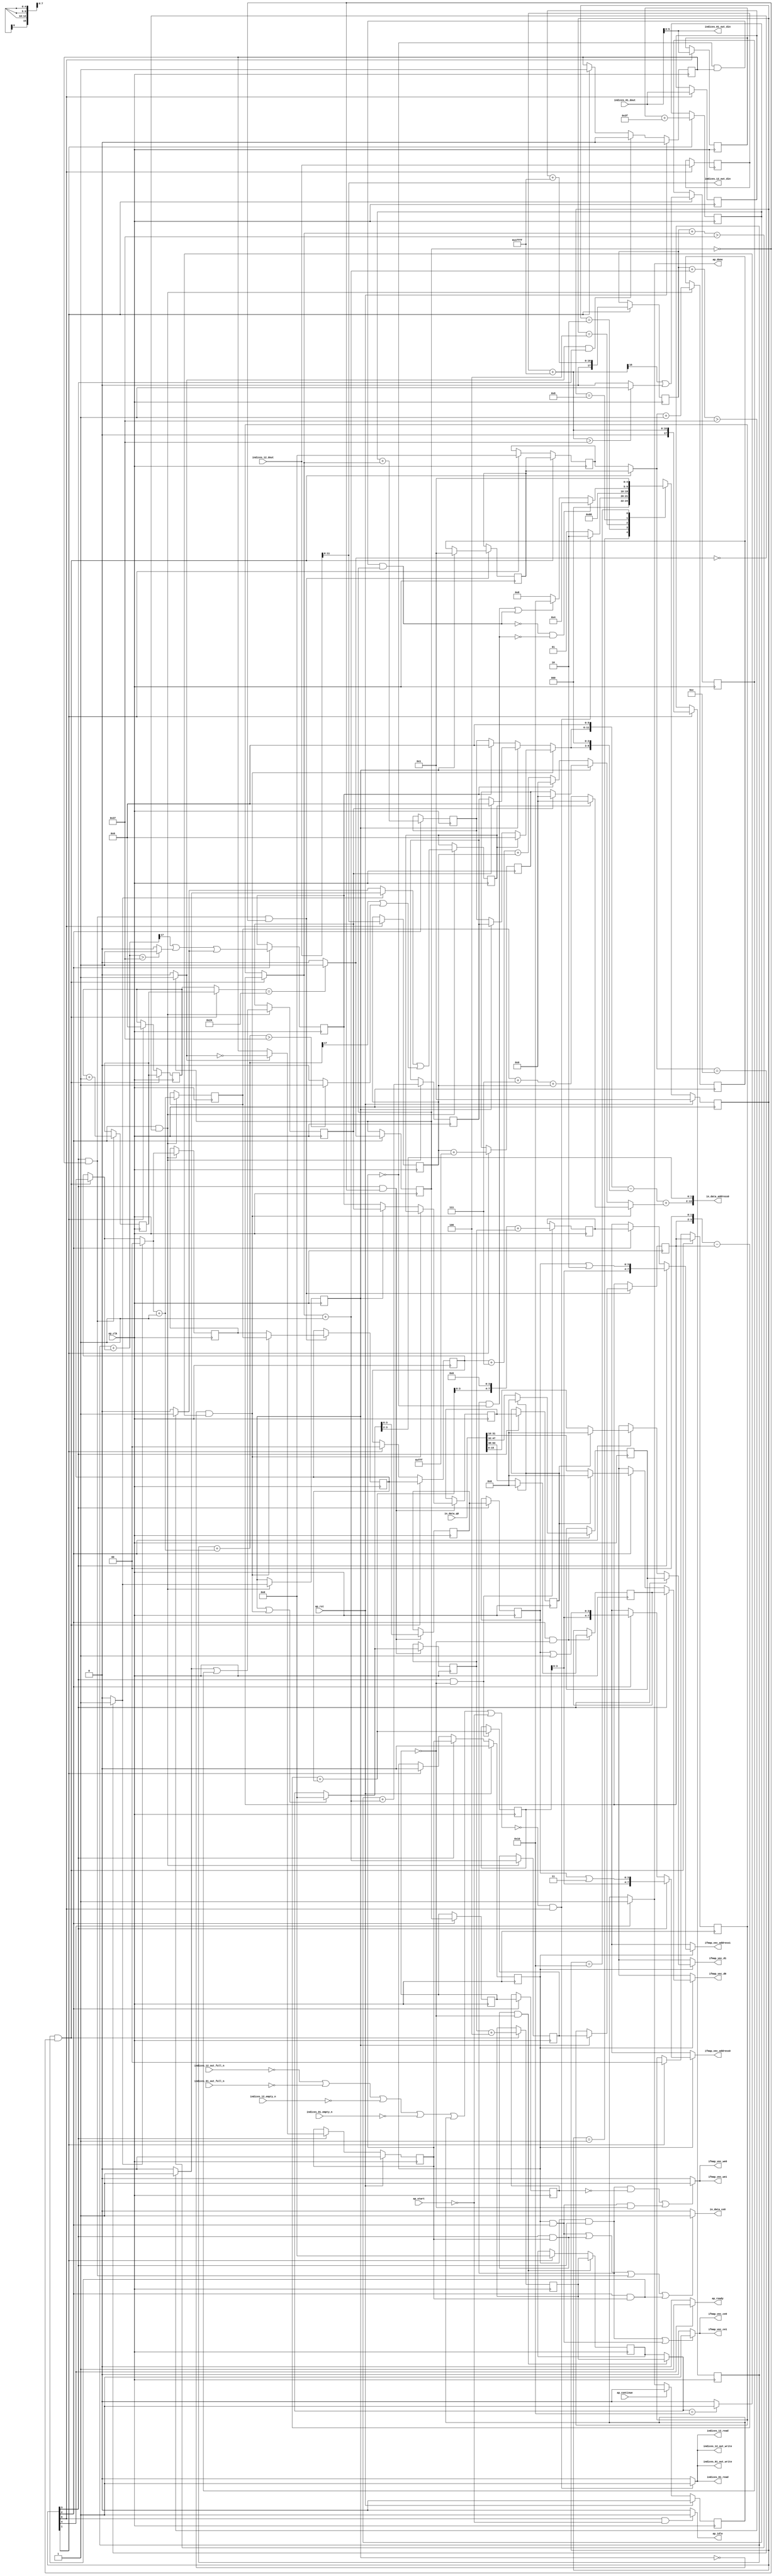
`define EXPONENT 5
`define MANTISSA 10
`define ACTUAL_MANTISSA 11
`define EXPONENT_LSB 10
`define EXPONENT_MSB 14
`define MANTISSA_LSB 0
`define MANTISSA_MSB 9
`define MANTISSA_MUL_SPLIT_LSB 3
`define MANTISSA_MUL_SPLIT_MSB 9
`define SIGN 1
`define SIGN_LOC 15
`define DWIDTH (`SIGN+`EXPONENT+`MANTISSA)
`define IEEE_COMPLIANCE 1

module td_fused_top_tdf4_readInputs37 (
        ap_clk,
        ap_rst,
        ap_start,
        ap_done,
        ap_continue,
        ap_idle,
        ap_ready,
        in_data_address0,
        in_data_ce0,
        in_data_q0,
        indices_01_dout,
        indices_01_empty_n,
        indices_01_read,
        indices_12_dout,
        indices_12_empty_n,
        indices_12_read,
        ifmap_vec_address0,
        ifmap_vec_ce0,
        ifmap_vec_we0,
        ifmap_vec_d0,
        ifmap_vec_address1,
        ifmap_vec_ce1,
        ifmap_vec_we1,
        ifmap_vec_d1,
        indices_01_out_din,
        indices_01_out_full_n,
        indices_01_out_write,
        indices_12_out_din,
        indices_12_out_full_n,
        indices_12_out_write
);

parameter    ap_ST_fsm_state1 = 5'd1;
parameter    ap_ST_fsm_state2 = 5'd2;
parameter    ap_ST_fsm_pp0_stage0 = 5'd4;
parameter    ap_ST_fsm_pp0_stage1 = 5'd8;
parameter    ap_ST_fsm_state9 = 5'd16;

input   ap_clk;
input   ap_rst;
input   ap_start;
output   ap_done;
input   ap_continue;
output   ap_idle;
output   ap_ready;
output  [13:0] in_data_address0;
output   in_data_ce0;
input  [63:0] in_data_q0;
input  [15:0] indices_01_dout;
input   indices_01_empty_n;
output   indices_01_read;
input  [15:0] indices_12_dout;
input   indices_12_empty_n;
output   indices_12_read;
output  [7:0] ifmap_vec_address0;
output   ifmap_vec_ce0;
output   ifmap_vec_we0;
output  [15:0] ifmap_vec_d0;
output  [7:0] ifmap_vec_address1;
output   ifmap_vec_ce1;
output   ifmap_vec_we1;
output  [15:0] ifmap_vec_d1;
output  [5:0] indices_01_out_din;
input   indices_01_out_full_n;
output   indices_01_out_write;
output  [11:0] indices_12_out_din;
input   indices_12_out_full_n;
output   indices_12_out_write;

reg ap_done;
reg ap_idle;
reg ap_ready;
reg in_data_ce0;
reg indices_01_read;
reg indices_12_read;
reg[7:0] ifmap_vec_address0;
reg ifmap_vec_ce0;
reg ifmap_vec_we0;
reg[15:0] ifmap_vec_d0;
reg[7:0] ifmap_vec_address1;
reg ifmap_vec_ce1;
reg ifmap_vec_we1;
reg[15:0] ifmap_vec_d1;
reg indices_01_out_write;
reg indices_12_out_write;

reg    ap_done_reg;
  reg   [4:0] ap_CS_fsm;
wire    ap_CS_fsm_state1;
reg    indices_01_blk_n;
reg    indices_12_blk_n;
reg    indices_01_out_blk_n;
reg    indices_12_out_blk_n;
reg   [5:0] indvar_flatten47_reg_224;
reg   [1:0] ii_reg_236;
reg   [4:0] indvar_flatten_reg_248;
reg   [1:0] jj_reg_259;
reg   [4:0] kk_0_i_i_reg_271;
reg   [15:0] indices_01_read_reg_959;
wire   [5:0] trunc_ln250_fu_282_p1;
reg   [5:0] trunc_ln250_reg_964;
reg   [15:0] indices_12_read_reg_969;
wire   [11:0] empty_fu_287_p1;
reg   [11:0] empty_reg_974;
wire   [17:0] p_cast_i_i_fu_304_p1;
reg   [17:0] p_cast_i_i_reg_981;
wire    ap_CS_fsm_state2;
wire   [17:0] sext_ln22_fu_314_p1;
reg   [17:0] sext_ln22_reg_987;
wire   [5:0] p_cast_fu_318_p2;
reg   [5:0] p_cast_reg_993;
wire   [0:0] or_ln23_16_fu_337_p2;
reg   [0:0] or_ln23_16_reg_999;
wire   [11:0] p_mid137_fu_343_p2;
reg   [11:0] p_mid137_reg_1004;
wire   [5:0] p_cast5_i_i_fu_361_p2;
reg   [5:0] p_cast5_i_i_reg_1009;
wire    ap_CS_fsm_pp0_stage0;
wire    ap_block_state3_pp0_stage0_iter0;
wire    ap_block_state5_pp0_stage0_iter1;
wire    ap_block_state7_pp0_stage0_iter2;
wire    ap_block_pp0_stage0_11001;
wire   [0:0] is_padding_fu_401_p2;
reg   [0:0] is_padding_reg_1015;
wire   [0:0] icmp_ln19_fu_407_p2;
reg   [0:0] icmp_ln19_reg_1022;
reg   [0:0] icmp_ln19_reg_1022_pp0_iter1_reg;
reg   [0:0] icmp_ln19_reg_1022_pp0_iter2_reg;
wire   [1:0] add_ln19_fu_413_p2;
reg   [1:0] add_ln19_reg_1026;
wire   [0:0] icmp_ln20_fu_419_p2;
reg   [0:0] icmp_ln20_reg_1031;
wire   [1:0] select_ln19_fu_425_p3;
reg   [1:0] select_ln19_reg_1043;
wire   [5:0] p_cast5_i_i_mid1_fu_446_p2;
reg   [5:0] p_cast5_i_i_mid1_reg_1048;
wire   [0:0] or_ln23_18_fu_465_p2;
reg   [0:0] or_ln23_18_reg_1054;
wire   [1:0] add_ln20_fu_470_p2;
reg   [1:0] add_ln20_reg_1061;
wire   [0:0] or_ln23_20_fu_505_p2;
reg   [0:0] or_ln23_20_reg_1067;
wire   [4:0] add_ln20_4_fu_511_p2;
reg   [4:0] add_ln20_4_reg_1074;
wire   [5:0] add_ln19_4_fu_517_p2;
reg   [5:0] add_ln19_4_reg_1079;
wire    ap_CS_fsm_pp0_stage1;
reg    ap_enable_reg_pp0_iter0;
wire    ap_block_state4_pp0_stage1_iter0;
wire    ap_block_state6_pp0_stage1_iter1;
wire    ap_block_state8_pp0_stage1_iter2;
wire    ap_block_pp0_stage1_11001;
wire   [1:0] select_ln19_19_fu_555_p3;
reg   [1:0] select_ln19_19_reg_1084;
wire   [4:0] select_ln20_fu_619_p3;
reg   [4:0] select_ln20_reg_1091;
wire   [1:0] select_ln20_16_fu_627_p3;
reg   [1:0] select_ln20_16_reg_1097;
wire   [0:0] select_ln20_17_fu_636_p3;
reg   [0:0] select_ln20_17_reg_1103;
reg   [0:0] select_ln20_17_reg_1103_pp0_iter1_reg;
wire   [3:0] empty_97_fu_732_p1;
reg   [3:0] empty_97_reg_1111;
reg   [3:0] empty_97_reg_1111_pp0_iter1_reg;
wire   [4:0] select_ln20_20_fu_759_p3;
reg   [4:0] select_ln20_20_reg_1123;
wire   [4:0] add_ln25_fu_765_p2;
reg   [4:0] add_ln25_reg_1128;
reg    ap_enable_reg_pp0_iter1;
wire   [5:0] add_ln33_fu_797_p2;
reg   [5:0] add_ln33_reg_1133;
wire   [7:0] add_ln33_4_fu_818_p2;
reg   [7:0] add_ln33_4_reg_1140;
wire   [15:0] select_ln33_17_fu_897_p3;
reg   [15:0] select_ln33_17_reg_1145;
wire   [15:0] select_ln33_18_fu_918_p3;
reg   [15:0] select_ln33_18_reg_1150;
wire    ap_block_pp0_stage1_subdone;
reg    ap_condition_pp0_exit_iter0_state4;
reg    ap_enable_reg_pp0_iter2;
reg   [5:0] ap_phi_mux_indvar_flatten47_phi_fu_228_p4;
wire    ap_block_pp0_stage0;
reg   [1:0] ap_phi_mux_ii_phi_fu_240_p4;
reg   [4:0] ap_phi_mux_indvar_flatten_phi_fu_252_p4;
reg   [1:0] ap_phi_mux_jj_phi_fu_263_p4;
reg   [4:0] ap_phi_mux_kk_0_i_i_phi_fu_275_p4;
wire    ap_block_pp0_stage1;
wire   [63:0] sext_ln32_fu_754_p1;
wire   [63:0] zext_ln33_17_fu_824_p1;
wire   [63:0] sext_ln33_fu_856_p1;
wire   [63:0] sext_ln33_7_fu_937_p1;
wire   [63:0] sext_ln33_8_fu_954_p1;
reg    ap_block_state1;
wire   [15:0] select_ln33_fu_836_p3;
wire   [15:0] select_ln33_16_fu_875_p3;
wire   [16:0] zext_ln19_fu_295_p1;
wire   [16:0] empty_92_fu_298_p2;
wire   [16:0] j_cast_i_i_fu_292_p1;
wire   [16:0] add_ln22_fu_308_p2;
wire   [0:0] tmp_26_fu_323_p3;
wire   [0:0] icmp_ln24_fu_331_p2;
wire   [17:0] ii_cast_i_i_fu_348_p1;
wire   [5:0] ii_cast_fu_352_p1;
wire   [17:0] empty_93_fu_356_p2;
wire   [17:0] zext_ln20_fu_372_p1;
wire   [17:0] add_ln22_4_fu_376_p2;
wire   [0:0] tmp_27_fu_381_p3;
wire   [0:0] icmp_ln24_4_fu_389_p2;
wire   [0:0] or_ln23_fu_395_p2;
wire   [0:0] empty_94_fu_366_p2;
wire   [17:0] ii_cast_i_i_mid1_fu_433_p1;
wire   [5:0] ii_cast_mid1_fu_437_p1;
wire   [17:0] p_mid111_fu_441_p2;
wire   [0:0] p_mid113_fu_451_p2;
wire   [17:0] zext_ln20_4_fu_476_p1;
wire   [17:0] add_ln22_5_fu_480_p2;
wire   [0:0] tmp_28_fu_485_p3;
wire   [0:0] icmp_ln24_5_fu_493_p2;
wire   [0:0] or_ln23_19_fu_499_p2;
wire   [0:0] select_ln19_21_fu_457_p3;
wire   [2:0] zext_ln22_fu_523_p1;
wire   [2:0] tmp1_fu_533_p2;
wire   [11:0] tmp1_cast_fu_539_p1;
wire   [11:0] empty_95_fu_543_p2;
wire   [5:0] row_coord_int_mid131_fu_571_p3;
wire   [5:0] row_coord_int_fu_527_p3;
wire   [11:0] col_coord_int_mid139_fu_577_p3;
wire   [11:0] col_coord_int_fu_548_p3;
wire   [0:0] icmp_ln25_fu_602_p2;
wire   [0:0] xor_ln19_fu_597_p2;
wire   [0:0] and_ln19_fu_608_p2;
wire   [0:0] or_ln20_fu_614_p2;
wire   [0:0] select_ln19_22_fu_566_p3;
wire   [5:0] select_ln19_20_fu_561_p3;
wire   [2:0] zext_ln22_4_fu_633_p1;
wire   [2:0] tmp1_mid1_fu_650_p2;
wire   [11:0] tmp1_cast_mid1_fu_656_p1;
wire   [11:0] p_mid1_fu_660_p2;
wire   [5:0] row_coord_int_mid1_fu_643_p3;
wire   [5:0] select_ln19_23_fu_583_p3;
wire   [5:0] select_ln20_18_fu_672_p3;
wire   [11:0] tmp_s_fu_680_p3;
wire   [8:0] tmp_6_fu_692_p3;
wire   [12:0] zext_ln32_fu_688_p1;
wire   [12:0] zext_ln32_18_fu_700_p1;
wire   [12:0] sub_ln32_fu_704_p2;
wire   [11:0] col_coord_int_mid1_fu_665_p3;
wire   [11:0] select_ln19_24_fu_590_p3;
wire   [11:0] select_ln20_19_fu_714_p3;
wire   [13:0] sext_ln20_fu_710_p1;
wire   [13:0] zext_ln32_19_fu_722_p1;
wire   [13:0] add_ln32_fu_726_p2;
wire   [1:0] lshr_ln_fu_736_p4;
wire   [15:0] tmp_29_fu_746_p3;
wire   [3:0] tmp_fu_773_p3;
wire   [4:0] zext_ln33_14_fu_780_p1;
wire   [4:0] zext_ln33_fu_770_p1;
wire   [4:0] sub_ln33_fu_784_p2;
wire   [5:0] sub_ln33_cast_fu_790_p1;
wire   [5:0] zext_ln33_15_fu_794_p1;
wire   [3:0] trunc_ln33_fu_803_p1;
wire   [7:0] tmp_80_cast_fu_807_p3;
wire   [7:0] zext_ln33_16_fu_815_p1;
wire   [15:0] trunc_ln32_fu_828_p1;
wire   [15:0] bitcast_ln32_fu_832_p1;
wire   [3:0] or_ln25_fu_844_p2;
wire   [9:0] tmp_30_fu_849_p3;
wire   [15:0] tmp_44_i_i_fu_861_p4;
wire   [15:0] bitcast_ln32_16_fu_871_p1;
wire   [15:0] tmp_45_i_i_fu_883_p4;
wire   [15:0] bitcast_ln32_17_fu_893_p1;
wire   [15:0] tmp_46_i_i_fu_904_p4;
wire   [15:0] bitcast_ln32_18_fu_914_p1;
wire   [3:0] or_ln25_11_fu_925_p2;
wire   [9:0] tmp_31_fu_930_p3;
wire   [3:0] or_ln25_12_fu_942_p2;
wire   [9:0] tmp_32_fu_947_p3;
wire    ap_CS_fsm_state9;
reg   [4:0] ap_NS_fsm;
wire    ap_block_pp0_stage0_subdone;
reg    ap_idle_pp0;
wire    ap_enable_pp0;
wire    ap_ce_reg;

// power-on initialization
initial begin
#0 ap_done_reg = 1'b0;
#0 ap_CS_fsm = 5'd1;
#0 ap_enable_reg_pp0_iter0 = 1'b0;
#0 ap_enable_reg_pp0_iter1 = 1'b0;
#0 ap_enable_reg_pp0_iter2 = 1'b0;
end

always @ (posedge ap_clk) begin
    if (ap_rst == 1'b1) begin
        ap_CS_fsm <= ap_ST_fsm_state1;
    end else begin
        ap_CS_fsm <= ap_NS_fsm;
    end
end

always @ (posedge ap_clk) begin
    if (ap_rst == 1'b1) begin
        ap_done_reg <= 1'b0;
    end else begin
        if ((ap_continue == 1'b1)) begin
            ap_done_reg <= 1'b0;
        end else if ((1'b1 == ap_CS_fsm_state9)) begin
            ap_done_reg <= 1'b1;
        end
    end
end

always @ (posedge ap_clk) begin
    if (ap_rst == 1'b1) begin
        ap_enable_reg_pp0_iter0 <= 1'b0;
    end else begin
        if (((1'b1 == ap_condition_pp0_exit_iter0_state4) & (1'b1 == ap_CS_fsm_pp0_stage1) & (1'b0 == ap_block_pp0_stage1_subdone))) begin
            ap_enable_reg_pp0_iter0 <= 1'b0;
        end else if ((1'b1 == ap_CS_fsm_state2)) begin
            ap_enable_reg_pp0_iter0 <= 1'b1;
        end
    end
end

always @ (posedge ap_clk) begin
    if (ap_rst == 1'b1) begin
        ap_enable_reg_pp0_iter1 <= 1'b0;
    end else begin
        if (((1'b1 == ap_CS_fsm_pp0_stage1) & (1'b0 == ap_block_pp0_stage1_subdone))) begin
            if ((1'b1 == ap_condition_pp0_exit_iter0_state4)) begin
                ap_enable_reg_pp0_iter1 <= (1'b1 ^ ap_condition_pp0_exit_iter0_state4);
            end else if ((1'b1 == 1'b1)) begin
                ap_enable_reg_pp0_iter1 <= ap_enable_reg_pp0_iter0;
            end
        end
    end
end

always @ (posedge ap_clk) begin
    if (ap_rst == 1'b1) begin
        ap_enable_reg_pp0_iter2 <= 1'b0;
    end else begin
        if (((1'b1 == ap_CS_fsm_pp0_stage1) & (1'b0 == ap_block_pp0_stage1_subdone))) begin
            ap_enable_reg_pp0_iter2 <= ap_enable_reg_pp0_iter1;
        end else if ((1'b1 == ap_CS_fsm_state2)) begin
            ap_enable_reg_pp0_iter2 <= 1'b0;
        end
    end
end

always @ (posedge ap_clk) begin
    if (((1'b1 == ap_CS_fsm_pp0_stage0) & (ap_enable_reg_pp0_iter1 == 1'b1) & (icmp_ln19_reg_1022 == 1'd0) & (1'b0 == ap_block_pp0_stage0_11001))) begin
        ii_reg_236 <= select_ln19_19_reg_1084;
    end else if ((1'b1 == ap_CS_fsm_state2)) begin
        ii_reg_236 <= 2'd0;
    end
end

always @ (posedge ap_clk) begin
    if (((1'b1 == ap_CS_fsm_pp0_stage0) & (ap_enable_reg_pp0_iter1 == 1'b1) & (icmp_ln19_reg_1022 == 1'd0) & (1'b0 == ap_block_pp0_stage0_11001))) begin
        indvar_flatten47_reg_224 <= add_ln19_4_reg_1079;
    end else if ((1'b1 == ap_CS_fsm_state2)) begin
        indvar_flatten47_reg_224 <= 6'd0;
    end
end

always @ (posedge ap_clk) begin
    if (((1'b1 == ap_CS_fsm_pp0_stage0) & (ap_enable_reg_pp0_iter1 == 1'b1) & (icmp_ln19_reg_1022 == 1'd0) & (1'b0 == ap_block_pp0_stage0_11001))) begin
        indvar_flatten_reg_248 <= select_ln20_20_reg_1123;
    end else if ((1'b1 == ap_CS_fsm_state2)) begin
        indvar_flatten_reg_248 <= 5'd0;
    end
end

always @ (posedge ap_clk) begin
    if (((1'b1 == ap_CS_fsm_pp0_stage0) & (ap_enable_reg_pp0_iter1 == 1'b1) & (icmp_ln19_reg_1022 == 1'd0) & (1'b0 == ap_block_pp0_stage0_11001))) begin
        jj_reg_259 <= select_ln20_16_reg_1097;
    end else if ((1'b1 == ap_CS_fsm_state2)) begin
        jj_reg_259 <= 2'd0;
    end
end

always @ (posedge ap_clk) begin
    if (((1'b1 == ap_CS_fsm_pp0_stage1) & (ap_enable_reg_pp0_iter1 == 1'b1) & (icmp_ln19_reg_1022_pp0_iter1_reg == 1'd0) & (1'b0 == ap_block_pp0_stage1_11001))) begin
        kk_0_i_i_reg_271 <= add_ln25_reg_1128;
    end else if ((1'b1 == ap_CS_fsm_state2)) begin
        kk_0_i_i_reg_271 <= 5'd0;
    end
end

always @ (posedge ap_clk) begin
    if (((1'b1 == ap_CS_fsm_pp0_stage1) & (ap_enable_reg_pp0_iter0 == 1'b1) & (1'b0 == ap_block_pp0_stage1_11001))) begin
        add_ln19_4_reg_1079 <= add_ln19_4_fu_517_p2;
    end
end

always @ (posedge ap_clk) begin
    if (((1'b1 == ap_CS_fsm_pp0_stage0) & (icmp_ln19_fu_407_p2 == 1'd0) & (1'b0 == ap_block_pp0_stage0_11001))) begin
        add_ln19_reg_1026 <= add_ln19_fu_413_p2;
        add_ln20_4_reg_1074 <= add_ln20_4_fu_511_p2;
        add_ln20_reg_1061 <= add_ln20_fu_470_p2;
        icmp_ln20_reg_1031 <= icmp_ln20_fu_419_p2;
        or_ln23_18_reg_1054 <= or_ln23_18_fu_465_p2;
        or_ln23_20_reg_1067 <= or_ln23_20_fu_505_p2;
        p_cast5_i_i_mid1_reg_1048 <= p_cast5_i_i_mid1_fu_446_p2;
        select_ln19_reg_1043 <= select_ln19_fu_425_p3;
    end
end

always @ (posedge ap_clk) begin
    if (((1'b1 == ap_CS_fsm_pp0_stage0) & (ap_enable_reg_pp0_iter1 == 1'b1) & (icmp_ln19_reg_1022 == 1'd0) & (1'b0 == ap_block_pp0_stage0_11001))) begin
        add_ln25_reg_1128 <= add_ln25_fu_765_p2;
    end
end

always @ (posedge ap_clk) begin
    if (((1'b1 == ap_CS_fsm_pp0_stage1) & (icmp_ln19_reg_1022_pp0_iter1_reg == 1'd0) & (1'b0 == ap_block_pp0_stage1_11001))) begin
        add_ln33_4_reg_1140 <= add_ln33_4_fu_818_p2;
        add_ln33_reg_1133 <= add_ln33_fu_797_p2;
    end
end

always @ (posedge ap_clk) begin
    if (((1'b1 == ap_CS_fsm_pp0_stage1) & (icmp_ln19_reg_1022 == 1'd0) & (1'b0 == ap_block_pp0_stage1_11001))) begin
        empty_97_reg_1111 <= empty_97_fu_732_p1;
        select_ln20_17_reg_1103 <= select_ln20_17_fu_636_p3;
        select_ln20_reg_1091 <= select_ln20_fu_619_p3;
    end
end

always @ (posedge ap_clk) begin
    if (((1'b1 == ap_CS_fsm_pp0_stage1) & (1'b0 == ap_block_pp0_stage1_11001))) begin
        empty_97_reg_1111_pp0_iter1_reg <= empty_97_reg_1111;
        select_ln20_17_reg_1103_pp0_iter1_reg <= select_ln20_17_reg_1103;
    end
end

always @ (posedge ap_clk) begin
    if ((1'b1 == ap_CS_fsm_state1)) begin
        empty_reg_974 <= empty_fu_287_p1;
        indices_01_read_reg_959 <= indices_01_dout;
        indices_12_read_reg_969 <= indices_12_dout;
        trunc_ln250_reg_964 <= trunc_ln250_fu_282_p1;
    end
end

always @ (posedge ap_clk) begin
    if (((1'b1 == ap_CS_fsm_pp0_stage0) & (1'b0 == ap_block_pp0_stage0_11001))) begin
        icmp_ln19_reg_1022 <= icmp_ln19_fu_407_p2;
        icmp_ln19_reg_1022_pp0_iter1_reg <= icmp_ln19_reg_1022;
        icmp_ln19_reg_1022_pp0_iter2_reg <= icmp_ln19_reg_1022_pp0_iter1_reg;
        is_padding_reg_1015 <= is_padding_fu_401_p2;
        p_cast5_i_i_reg_1009 <= p_cast5_i_i_fu_361_p2;
    end
end

always @ (posedge ap_clk) begin
    if ((1'b1 == ap_CS_fsm_state2)) begin
        or_ln23_16_reg_999 <= or_ln23_16_fu_337_p2;
        p_cast_i_i_reg_981 <= p_cast_i_i_fu_304_p1;
        p_cast_reg_993 <= p_cast_fu_318_p2;
        p_mid137_reg_1004 <= p_mid137_fu_343_p2;
        sext_ln22_reg_987 <= sext_ln22_fu_314_p1;
    end
end

always @ (posedge ap_clk) begin
    if (((1'b1 == ap_CS_fsm_pp0_stage1) & (ap_enable_reg_pp0_iter0 == 1'b1) & (icmp_ln19_reg_1022 == 1'd0) & (1'b0 == ap_block_pp0_stage1_11001))) begin
        select_ln19_19_reg_1084 <= select_ln19_19_fu_555_p3;
        select_ln20_16_reg_1097 <= select_ln20_16_fu_627_p3;
        select_ln20_20_reg_1123 <= select_ln20_20_fu_759_p3;
    end
end

always @ (posedge ap_clk) begin
    if (((1'b1 == ap_CS_fsm_pp0_stage0) & (icmp_ln19_reg_1022_pp0_iter1_reg == 1'd0) & (1'b0 == ap_block_pp0_stage0_11001))) begin
        select_ln33_17_reg_1145 <= select_ln33_17_fu_897_p3;
        select_ln33_18_reg_1150 <= select_ln33_18_fu_918_p3;
    end
end

always @ (*) begin
    if ((icmp_ln19_reg_1022 == 1'd1)) begin
        ap_condition_pp0_exit_iter0_state4 = 1'b1;
    end else begin
        ap_condition_pp0_exit_iter0_state4 = 1'b0;
    end
end

always @ (*) begin
    if ((1'b1 == ap_CS_fsm_state9)) begin
        ap_done = 1'b1;
    end else begin
        ap_done = ap_done_reg;
    end
end

always @ (*) begin
    if (((1'b1 == ap_CS_fsm_state1) & (ap_start == 1'b0))) begin
        ap_idle = 1'b1;
    end else begin
        ap_idle = 1'b0;
    end
end

always @ (*) begin
    if (((ap_enable_reg_pp0_iter2 == 1'b0) & (ap_enable_reg_pp0_iter1 == 1'b0) & (ap_enable_reg_pp0_iter0 == 1'b0))) begin
        ap_idle_pp0 = 1'b1;
    end else begin
        ap_idle_pp0 = 1'b0;
    end
end

always @ (*) begin
    if (((1'b1 == ap_CS_fsm_pp0_stage0) & (ap_enable_reg_pp0_iter1 == 1'b1) & (icmp_ln19_reg_1022 == 1'd0) & (1'b0 == ap_block_pp0_stage0))) begin
        ap_phi_mux_ii_phi_fu_240_p4 = select_ln19_19_reg_1084;
    end else begin
        ap_phi_mux_ii_phi_fu_240_p4 = ii_reg_236;
    end
end

always @ (*) begin
    if (((1'b1 == ap_CS_fsm_pp0_stage0) & (ap_enable_reg_pp0_iter1 == 1'b1) & (icmp_ln19_reg_1022 == 1'd0) & (1'b0 == ap_block_pp0_stage0))) begin
        ap_phi_mux_indvar_flatten47_phi_fu_228_p4 = add_ln19_4_reg_1079;
    end else begin
        ap_phi_mux_indvar_flatten47_phi_fu_228_p4 = indvar_flatten47_reg_224;
    end
end

always @ (*) begin
    if (((1'b1 == ap_CS_fsm_pp0_stage0) & (ap_enable_reg_pp0_iter1 == 1'b1) & (icmp_ln19_reg_1022 == 1'd0) & (1'b0 == ap_block_pp0_stage0))) begin
        ap_phi_mux_indvar_flatten_phi_fu_252_p4 = select_ln20_20_reg_1123;
    end else begin
        ap_phi_mux_indvar_flatten_phi_fu_252_p4 = indvar_flatten_reg_248;
    end
end

always @ (*) begin
    if (((1'b1 == ap_CS_fsm_pp0_stage0) & (ap_enable_reg_pp0_iter1 == 1'b1) & (icmp_ln19_reg_1022 == 1'd0) & (1'b0 == ap_block_pp0_stage0))) begin
        ap_phi_mux_jj_phi_fu_263_p4 = select_ln20_16_reg_1097;
    end else begin
        ap_phi_mux_jj_phi_fu_263_p4 = jj_reg_259;
    end
end

always @ (*) begin
    if (((1'b1 == ap_CS_fsm_pp0_stage1) & (ap_enable_reg_pp0_iter1 == 1'b1) & (icmp_ln19_reg_1022_pp0_iter1_reg == 1'd0) & (1'b0 == ap_block_pp0_stage1))) begin
        ap_phi_mux_kk_0_i_i_phi_fu_275_p4 = add_ln25_reg_1128;
    end else begin
        ap_phi_mux_kk_0_i_i_phi_fu_275_p4 = kk_0_i_i_reg_271;
    end
end

always @ (*) begin
    if ((1'b1 == ap_CS_fsm_state9)) begin
        ap_ready = 1'b1;
    end else begin
        ap_ready = 1'b0;
    end
end

always @ (*) begin
    if ((ap_enable_reg_pp0_iter2 == 1'b1)) begin
        if (((1'b1 == ap_CS_fsm_pp0_stage1) & (1'b0 == ap_block_pp0_stage1))) begin
            ifmap_vec_address0 = sext_ln33_8_fu_954_p1;
        end else if (((1'b1 == ap_CS_fsm_pp0_stage0) & (1'b0 == ap_block_pp0_stage0))) begin
            ifmap_vec_address0 = sext_ln33_fu_856_p1;
        end else begin
            ifmap_vec_address0 = 'bx;
        end
    end else begin
        ifmap_vec_address0 = 'bx;
    end
end

always @ (*) begin
    if ((ap_enable_reg_pp0_iter2 == 1'b1)) begin
        if (((1'b1 == ap_CS_fsm_pp0_stage1) & (1'b0 == ap_block_pp0_stage1))) begin
            ifmap_vec_address1 = sext_ln33_7_fu_937_p1;
        end else if (((1'b1 == ap_CS_fsm_pp0_stage0) & (1'b0 == ap_block_pp0_stage0))) begin
            ifmap_vec_address1 = zext_ln33_17_fu_824_p1;
        end else begin
            ifmap_vec_address1 = 'bx;
        end
    end else begin
        ifmap_vec_address1 = 'bx;
    end
end

always @ (*) begin
    if ((((ap_enable_reg_pp0_iter2 == 1'b1) & (1'b1 == ap_CS_fsm_pp0_stage1) & (1'b0 == ap_block_pp0_stage1_11001)) | ((ap_enable_reg_pp0_iter2 == 1'b1) & (1'b1 == ap_CS_fsm_pp0_stage0) & (1'b0 == ap_block_pp0_stage0_11001)))) begin
        ifmap_vec_ce0 = 1'b1;
    end else begin
        ifmap_vec_ce0 = 1'b0;
    end
end

always @ (*) begin
    if ((((ap_enable_reg_pp0_iter2 == 1'b1) & (1'b1 == ap_CS_fsm_pp0_stage1) & (1'b0 == ap_block_pp0_stage1_11001)) | ((ap_enable_reg_pp0_iter2 == 1'b1) & (1'b1 == ap_CS_fsm_pp0_stage0) & (1'b0 == ap_block_pp0_stage0_11001)))) begin
        ifmap_vec_ce1 = 1'b1;
    end else begin
        ifmap_vec_ce1 = 1'b0;
    end
end

always @ (*) begin
    if ((ap_enable_reg_pp0_iter2 == 1'b1)) begin
        if (((1'b1 == ap_CS_fsm_pp0_stage1) & (1'b0 == ap_block_pp0_stage1))) begin
            ifmap_vec_d0 = select_ln33_18_reg_1150;
        end else if (((1'b1 == ap_CS_fsm_pp0_stage0) & (1'b0 == ap_block_pp0_stage0))) begin
            ifmap_vec_d0 = select_ln33_16_fu_875_p3;
        end else begin
            ifmap_vec_d0 = 'bx;
        end
    end else begin
        ifmap_vec_d0 = 'bx;
    end
end

always @ (*) begin
    if ((ap_enable_reg_pp0_iter2 == 1'b1)) begin
        if (((1'b1 == ap_CS_fsm_pp0_stage1) & (1'b0 == ap_block_pp0_stage1))) begin
            ifmap_vec_d1 = select_ln33_17_reg_1145;
        end else if (((1'b1 == ap_CS_fsm_pp0_stage0) & (1'b0 == ap_block_pp0_stage0))) begin
            ifmap_vec_d1 = select_ln33_fu_836_p3;
        end else begin
            ifmap_vec_d1 = 'bx;
        end
    end else begin
        ifmap_vec_d1 = 'bx;
    end
end

always @ (*) begin
    if ((((ap_enable_reg_pp0_iter2 == 1'b1) & (1'b1 == ap_CS_fsm_pp0_stage1) & (icmp_ln19_reg_1022_pp0_iter2_reg == 1'd0) & (1'b0 == ap_block_pp0_stage1_11001)) | ((ap_enable_reg_pp0_iter2 == 1'b1) & (1'b1 == ap_CS_fsm_pp0_stage0) & (icmp_ln19_reg_1022_pp0_iter1_reg == 1'd0) & (1'b0 == ap_block_pp0_stage0_11001)))) begin
        ifmap_vec_we0 = 1'b1;
    end else begin
        ifmap_vec_we0 = 1'b0;
    end
end

always @ (*) begin
    if ((((ap_enable_reg_pp0_iter2 == 1'b1) & (1'b1 == ap_CS_fsm_pp0_stage1) & (icmp_ln19_reg_1022_pp0_iter2_reg == 1'd0) & (1'b0 == ap_block_pp0_stage1_11001)) | ((ap_enable_reg_pp0_iter2 == 1'b1) & (1'b1 == ap_CS_fsm_pp0_stage0) & (icmp_ln19_reg_1022_pp0_iter1_reg == 1'd0) & (1'b0 == ap_block_pp0_stage0_11001)))) begin
        ifmap_vec_we1 = 1'b1;
    end else begin
        ifmap_vec_we1 = 1'b0;
    end
end

always @ (*) begin
    if ((((ap_enable_reg_pp0_iter2 == 1'b1) & (1'b1 == ap_CS_fsm_pp0_stage0) & (1'b0 == ap_block_pp0_stage0_11001)) | ((1'b1 == ap_CS_fsm_pp0_stage1) & (ap_enable_reg_pp0_iter1 == 1'b1) & (1'b0 == ap_block_pp0_stage1_11001)) | ((1'b1 == ap_CS_fsm_pp0_stage1) & (ap_enable_reg_pp0_iter0 == 1'b1) & (1'b0 == ap_block_pp0_stage1_11001)) | ((1'b1 == ap_CS_fsm_pp0_stage0) & (ap_enable_reg_pp0_iter1 == 1'b1) & (1'b0 == ap_block_pp0_stage0_11001)))) begin
        in_data_ce0 = 1'b1;
    end else begin
        in_data_ce0 = 1'b0;
    end
end

always @ (*) begin
    if ((~((ap_done_reg == 1'b1) | (ap_start == 1'b0)) & (1'b1 == ap_CS_fsm_state1))) begin
        indices_01_blk_n = indices_01_empty_n;
    end else begin
        indices_01_blk_n = 1'b1;
    end
end

always @ (*) begin
    if ((~((ap_done_reg == 1'b1) | (ap_start == 1'b0)) & (1'b1 == ap_CS_fsm_state1))) begin
        indices_01_out_blk_n = indices_01_out_full_n;
    end else begin
        indices_01_out_blk_n = 1'b1;
    end
end

always @ (*) begin
    if ((~((indices_12_out_full_n == 1'b0) | (indices_01_out_full_n == 1'b0) | (indices_12_empty_n == 1'b0) | (indices_01_empty_n == 1'b0) | (ap_done_reg == 1'b1) | (ap_start == 1'b0)) & (1'b1 == ap_CS_fsm_state1))) begin
        indices_01_out_write = 1'b1;
    end else begin
        indices_01_out_write = 1'b0;
    end
end

always @ (*) begin
    if ((~((indices_12_out_full_n == 1'b0) | (indices_01_out_full_n == 1'b0) | (indices_12_empty_n == 1'b0) | (indices_01_empty_n == 1'b0) | (ap_done_reg == 1'b1) | (ap_start == 1'b0)) & (1'b1 == ap_CS_fsm_state1))) begin
        indices_01_read = 1'b1;
    end else begin
        indices_01_read = 1'b0;
    end
end

always @ (*) begin
    if ((~((ap_done_reg == 1'b1) | (ap_start == 1'b0)) & (1'b1 == ap_CS_fsm_state1))) begin
        indices_12_blk_n = indices_12_empty_n;
    end else begin
        indices_12_blk_n = 1'b1;
    end
end

always @ (*) begin
    if ((~((ap_done_reg == 1'b1) | (ap_start == 1'b0)) & (1'b1 == ap_CS_fsm_state1))) begin
        indices_12_out_blk_n = indices_12_out_full_n;
    end else begin
        indices_12_out_blk_n = 1'b1;
    end
end

always @ (*) begin
    if ((~((indices_12_out_full_n == 1'b0) | (indices_01_out_full_n == 1'b0) | (indices_12_empty_n == 1'b0) | (indices_01_empty_n == 1'b0) | (ap_done_reg == 1'b1) | (ap_start == 1'b0)) & (1'b1 == ap_CS_fsm_state1))) begin
        indices_12_out_write = 1'b1;
    end else begin
        indices_12_out_write = 1'b0;
    end
end

always @ (*) begin
    if ((~((indices_12_out_full_n == 1'b0) | (indices_01_out_full_n == 1'b0) | (indices_12_empty_n == 1'b0) | (indices_01_empty_n == 1'b0) | (ap_done_reg == 1'b1) | (ap_start == 1'b0)) & (1'b1 == ap_CS_fsm_state1))) begin
        indices_12_read = 1'b1;
    end else begin
        indices_12_read = 1'b0;
    end
end

always @ (*) begin
    case (ap_CS_fsm)
        ap_ST_fsm_state1 : begin
            if ((~((indices_12_out_full_n == 1'b0) | (indices_01_out_full_n == 1'b0) | (indices_12_empty_n == 1'b0) | (indices_01_empty_n == 1'b0) | (ap_done_reg == 1'b1) | (ap_start == 1'b0)) & (1'b1 == ap_CS_fsm_state1))) begin
                ap_NS_fsm = ap_ST_fsm_state2;
            end else begin
                ap_NS_fsm = ap_ST_fsm_state1;
            end
        end
        ap_ST_fsm_state2 : begin
            ap_NS_fsm = ap_ST_fsm_pp0_stage0;
        end
        ap_ST_fsm_pp0_stage0 : begin
            if ((1'b0 == ap_block_pp0_stage0_subdone)) begin
                ap_NS_fsm = ap_ST_fsm_pp0_stage1;
            end else begin
                ap_NS_fsm = ap_ST_fsm_pp0_stage0;
            end
        end
        ap_ST_fsm_pp0_stage1 : begin
            if ((~((ap_enable_reg_pp0_iter1 == 1'b0) & (ap_enable_reg_pp0_iter0 == 1'b1) & (icmp_ln19_reg_1022 == 1'd1) & (1'b0 == ap_block_pp0_stage1_subdone)) & ~((ap_enable_reg_pp0_iter2 == 1'b1) & (1'b1 == ap_CS_fsm_pp0_stage1) & (ap_enable_reg_pp0_iter1 == 1'b0) & (1'b0 == ap_block_pp0_stage1_subdone)) & (1'b0 == ap_block_pp0_stage1_subdone))) begin
                ap_NS_fsm = ap_ST_fsm_pp0_stage0;
            end else if ((((ap_enable_reg_pp0_iter2 == 1'b1) & (1'b1 == ap_CS_fsm_pp0_stage1) & (ap_enable_reg_pp0_iter1 == 1'b0) & (1'b0 == ap_block_pp0_stage1_subdone)) | ((ap_enable_reg_pp0_iter1 == 1'b0) & (ap_enable_reg_pp0_iter0 == 1'b1) & (icmp_ln19_reg_1022 == 1'd1) & (1'b0 == ap_block_pp0_stage1_subdone)))) begin
                ap_NS_fsm = ap_ST_fsm_state9;
            end else begin
                ap_NS_fsm = ap_ST_fsm_pp0_stage1;
            end
        end
        ap_ST_fsm_state9 : begin
            ap_NS_fsm = ap_ST_fsm_state1;
        end
        default : begin
            ap_NS_fsm = 'bx;
        end
    endcase
end

assign add_ln19_4_fu_517_p2 = (indvar_flatten47_reg_224 + 6'd1);

assign add_ln19_fu_413_p2 = (ap_phi_mux_ii_phi_fu_240_p4 + 2'd1);

assign add_ln20_4_fu_511_p2 = (ap_phi_mux_indvar_flatten_phi_fu_252_p4 + 5'd1);

assign add_ln20_fu_470_p2 = (select_ln19_fu_425_p3 + 2'd1);

assign add_ln22_4_fu_376_p2 = ((sext_ln22_reg_987) + (zext_ln20_fu_372_p1));

assign add_ln22_5_fu_480_p2 = ((sext_ln22_reg_987) + (zext_ln20_4_fu_476_p1));

assign add_ln22_fu_308_p2 = ((j_cast_i_i_fu_292_p1) + (17'd131071));

assign add_ln25_fu_765_p2 = (select_ln20_reg_1091 + 5'd4);

assign add_ln32_fu_726_p2 = ((sext_ln20_fu_710_p1) + (zext_ln32_19_fu_722_p1));

assign add_ln33_4_fu_818_p2 = (tmp_80_cast_fu_807_p3 + zext_ln33_16_fu_815_p1);

assign add_ln33_fu_797_p2 = ((sub_ln33_cast_fu_790_p1) + (zext_ln33_15_fu_794_p1));

assign and_ln19_fu_608_p2 = (xor_ln19_fu_597_p2 & icmp_ln25_fu_602_p2);

assign ap_CS_fsm_pp0_stage0 = ap_CS_fsm[32'd2];

assign ap_CS_fsm_pp0_stage1 = ap_CS_fsm[32'd3];

assign ap_CS_fsm_state1 = ap_CS_fsm[32'd0];

assign ap_CS_fsm_state2 = ap_CS_fsm[32'd1];

assign ap_CS_fsm_state9 = ap_CS_fsm[32'd4];

assign ap_block_pp0_stage0 = ~(1'b1 == 1'b1);

assign ap_block_pp0_stage0_11001 = ~(1'b1 == 1'b1);

assign ap_block_pp0_stage0_subdone = ~(1'b1 == 1'b1);

assign ap_block_pp0_stage1 = ~(1'b1 == 1'b1);

assign ap_block_pp0_stage1_11001 = ~(1'b1 == 1'b1);

assign ap_block_pp0_stage1_subdone = ~(1'b1 == 1'b1);

always @ (*) begin
    ap_block_state1 = ((indices_12_out_full_n == 1'b0) | (indices_01_out_full_n == 1'b0) | (indices_12_empty_n == 1'b0) | (indices_01_empty_n == 1'b0) | (ap_done_reg == 1'b1) | (ap_start == 1'b0));
end

assign ap_block_state3_pp0_stage0_iter0 = ~(1'b1 == 1'b1);

assign ap_block_state4_pp0_stage1_iter0 = ~(1'b1 == 1'b1);

assign ap_block_state5_pp0_stage0_iter1 = ~(1'b1 == 1'b1);

assign ap_block_state6_pp0_stage1_iter1 = ~(1'b1 == 1'b1);

assign ap_block_state7_pp0_stage0_iter2 = ~(1'b1 == 1'b1);

assign ap_block_state8_pp0_stage1_iter2 = ~(1'b1 == 1'b1);

assign ap_enable_pp0 = (ap_idle_pp0 ^ 1'b1);

assign bitcast_ln32_16_fu_871_p1 = tmp_44_i_i_fu_861_p4;

assign bitcast_ln32_17_fu_893_p1 = tmp_45_i_i_fu_883_p4;

assign bitcast_ln32_18_fu_914_p1 = tmp_46_i_i_fu_904_p4;

assign bitcast_ln32_fu_832_p1 = trunc_ln32_fu_828_p1;

assign col_coord_int_fu_548_p3 = ((is_padding_reg_1015[0:0] == 1'b1) ? 12'd0 : empty_95_fu_543_p2);

assign col_coord_int_mid139_fu_577_p3 = ((or_ln23_18_reg_1054[0:0] == 1'b1) ? 12'd0 : p_mid137_reg_1004);

assign col_coord_int_mid1_fu_665_p3 = ((or_ln23_20_reg_1067[0:0] == 1'b1) ? 12'd0 : p_mid1_fu_660_p2);

assign empty_92_fu_298_p2 = ((zext_ln19_fu_295_p1) + (17'd131071));

assign empty_93_fu_356_p2 = ((p_cast_i_i_reg_981) + (ii_cast_i_i_fu_348_p1));

assign empty_94_fu_366_p2 = ((empty_93_fu_356_p2 > 18'd55) ? 1'b1 : 1'b0);

assign empty_95_fu_543_p2 = ((tmp1_cast_fu_539_p1) + (empty_reg_974));

assign empty_97_fu_732_p1 = select_ln20_fu_619_p3[3:0];

assign empty_fu_287_p1 = indices_12_dout[11:0];

assign icmp_ln19_fu_407_p2 = ((ap_phi_mux_indvar_flatten47_phi_fu_228_p4 == 6'd36) ? 1'b1 : 1'b0);

assign icmp_ln20_fu_419_p2 = ((ap_phi_mux_indvar_flatten_phi_fu_252_p4 == 5'd12) ? 1'b1 : 1'b0);

assign icmp_ln24_4_fu_389_p2 = (((add_ln22_4_fu_376_p2) > (18'd55)) ? 1'b1 : 1'b0);

assign icmp_ln24_5_fu_493_p2 = (((add_ln22_5_fu_480_p2) > (18'd55)) ? 1'b1 : 1'b0);

assign icmp_ln24_fu_331_p2 = (((add_ln22_fu_308_p2) > (17'd55)) ? 1'b1 : 1'b0);

assign icmp_ln25_fu_602_p2 = ((ap_phi_mux_kk_0_i_i_phi_fu_275_p4 == 5'd16) ? 1'b1 : 1'b0);

assign ii_cast_fu_352_p1 = ap_phi_mux_ii_phi_fu_240_p4;

assign ii_cast_i_i_fu_348_p1 = ap_phi_mux_ii_phi_fu_240_p4;

assign ii_cast_i_i_mid1_fu_433_p1 = add_ln19_fu_413_p2;

assign ii_cast_mid1_fu_437_p1 = add_ln19_fu_413_p2;

assign in_data_address0 = sext_ln32_fu_754_p1;

assign indices_01_out_din = indices_01_dout[5:0];

assign indices_12_out_din = indices_12_dout[11:0];

assign is_padding_fu_401_p2 = (or_ln23_fu_395_p2 | empty_94_fu_366_p2);

assign j_cast_i_i_fu_292_p1 = indices_12_read_reg_969;

assign lshr_ln_fu_736_p4 = {{select_ln20_fu_619_p3[3:2]}};

assign or_ln20_fu_614_p2 = (icmp_ln20_reg_1031 | and_ln19_fu_608_p2);

assign or_ln23_16_fu_337_p2 = (tmp_26_fu_323_p3 | icmp_ln24_fu_331_p2);

assign or_ln23_18_fu_465_p2 = (p_mid113_fu_451_p2 | or_ln23_16_reg_999);

assign or_ln23_19_fu_499_p2 = (tmp_28_fu_485_p3 | icmp_ln24_5_fu_493_p2);

assign or_ln23_20_fu_505_p2 = (select_ln19_21_fu_457_p3 | or_ln23_19_fu_499_p2);

assign or_ln23_fu_395_p2 = (tmp_27_fu_381_p3 | icmp_ln24_4_fu_389_p2);

assign or_ln25_11_fu_925_p2 = (empty_97_reg_1111_pp0_iter1_reg | 4'd2);

assign or_ln25_12_fu_942_p2 = (empty_97_reg_1111_pp0_iter1_reg | 4'd3);

assign or_ln25_fu_844_p2 = (empty_97_reg_1111_pp0_iter1_reg | 4'd1);

assign p_cast5_i_i_fu_361_p2 = (p_cast_reg_993 + ii_cast_fu_352_p1);

assign p_cast5_i_i_mid1_fu_446_p2 = (p_cast_reg_993 + ii_cast_mid1_fu_437_p1);

assign p_cast_fu_318_p2 = ((trunc_ln250_reg_964) + (6'd63));

assign p_cast_i_i_fu_304_p1 = (empty_92_fu_298_p2);

assign p_mid111_fu_441_p2 = ((p_cast_i_i_reg_981) + (ii_cast_i_i_mid1_fu_433_p1));

assign p_mid113_fu_451_p2 = ((p_mid111_fu_441_p2 > 18'd55) ? 1'b1 : 1'b0);

assign p_mid137_fu_343_p2 = ((empty_reg_974) + (12'd4095));

assign p_mid1_fu_660_p2 = ((tmp1_cast_mid1_fu_656_p1) + (empty_reg_974));

assign row_coord_int_fu_527_p3 = ((is_padding_reg_1015[0:0] == 1'b1) ? 6'd0 : p_cast5_i_i_reg_1009);

assign row_coord_int_mid131_fu_571_p3 = ((or_ln23_18_reg_1054[0:0] == 1'b1) ? 6'd0 : p_cast5_i_i_mid1_reg_1048);

assign row_coord_int_mid1_fu_643_p3 = ((or_ln23_20_reg_1067[0:0] == 1'b1) ? 6'd0 : select_ln19_20_fu_561_p3);

assign select_ln19_19_fu_555_p3 = ((icmp_ln20_reg_1031[0:0] == 1'b1) ? add_ln19_reg_1026 : ii_reg_236);

assign select_ln19_20_fu_561_p3 = ((icmp_ln20_reg_1031[0:0] == 1'b1) ? p_cast5_i_i_mid1_reg_1048 : p_cast5_i_i_reg_1009);

assign select_ln19_21_fu_457_p3 = ((icmp_ln20_fu_419_p2[0:0] == 1'b1) ? p_mid113_fu_451_p2 : empty_94_fu_366_p2);

assign select_ln19_22_fu_566_p3 = ((icmp_ln20_reg_1031[0:0] == 1'b1) ? or_ln23_18_reg_1054 : is_padding_reg_1015);

assign select_ln19_23_fu_583_p3 = ((icmp_ln20_reg_1031[0:0] == 1'b1) ? row_coord_int_mid131_fu_571_p3 : row_coord_int_fu_527_p3);

assign select_ln19_24_fu_590_p3 = ((icmp_ln20_reg_1031[0:0] == 1'b1) ? col_coord_int_mid139_fu_577_p3 : col_coord_int_fu_548_p3);

assign select_ln19_fu_425_p3 = ((icmp_ln20_fu_419_p2[0:0] == 1'b1) ? 2'd0 : ap_phi_mux_jj_phi_fu_263_p4);

assign select_ln20_16_fu_627_p3 = ((and_ln19_fu_608_p2[0:0] == 1'b1) ? add_ln20_reg_1061 : select_ln19_reg_1043);

assign select_ln20_17_fu_636_p3 = ((and_ln19_fu_608_p2[0:0] == 1'b1) ? or_ln23_20_reg_1067 : select_ln19_22_fu_566_p3);

assign select_ln20_18_fu_672_p3 = ((and_ln19_fu_608_p2[0:0] == 1'b1) ? row_coord_int_mid1_fu_643_p3 : select_ln19_23_fu_583_p3);

assign select_ln20_19_fu_714_p3 = ((and_ln19_fu_608_p2[0:0] == 1'b1) ? col_coord_int_mid1_fu_665_p3 : select_ln19_24_fu_590_p3);

assign select_ln20_20_fu_759_p3 = ((icmp_ln20_reg_1031[0:0] == 1'b1) ? 5'd1 : add_ln20_4_reg_1074);

assign select_ln20_fu_619_p3 = ((or_ln20_fu_614_p2[0:0] == 1'b1) ? 5'd0 : ap_phi_mux_kk_0_i_i_phi_fu_275_p4);

assign select_ln33_16_fu_875_p3 = ((select_ln20_17_reg_1103_pp0_iter1_reg[0:0] == 1'b1) ? 16'd0 : bitcast_ln32_16_fu_871_p1);

assign select_ln33_17_fu_897_p3 = ((select_ln20_17_reg_1103_pp0_iter1_reg[0:0] == 1'b1) ? 16'd0 : bitcast_ln32_17_fu_893_p1);

assign select_ln33_18_fu_918_p3 = ((select_ln20_17_reg_1103_pp0_iter1_reg[0:0] == 1'b1) ? 16'd0 : bitcast_ln32_18_fu_914_p1);

assign select_ln33_fu_836_p3 = ((select_ln20_17_reg_1103_pp0_iter1_reg[0:0] == 1'b1) ? 16'd0 : bitcast_ln32_fu_832_p1);

assign sext_ln20_fu_710_p1 = (sub_ln32_fu_704_p2);

assign sext_ln22_fu_314_p1 = add_ln22_fu_308_p2;

assign sext_ln32_fu_754_p1 = (tmp_29_fu_746_p3);

assign sext_ln33_7_fu_937_p1 = (tmp_31_fu_930_p3);

assign sext_ln33_8_fu_954_p1 = (tmp_32_fu_947_p3);

assign sext_ln33_fu_856_p1 = (tmp_30_fu_849_p3);

assign sub_ln32_fu_704_p2 = (zext_ln32_fu_688_p1 - zext_ln32_18_fu_700_p1);

assign sub_ln33_cast_fu_790_p1 = (sub_ln33_fu_784_p2);

assign sub_ln33_fu_784_p2 = (zext_ln33_14_fu_780_p1 - zext_ln33_fu_770_p1);

assign tmp1_cast_fu_539_p1 = (tmp1_fu_533_p2);

assign tmp1_cast_mid1_fu_656_p1 = (tmp1_mid1_fu_650_p2);

assign tmp1_fu_533_p2 = ((zext_ln22_fu_523_p1) + (3'd7));

assign tmp1_mid1_fu_650_p2 = ((zext_ln22_4_fu_633_p1) + (3'd7));

assign tmp_26_fu_323_p3 = add_ln22_fu_308_p2[32'd16];

assign tmp_27_fu_381_p3 = add_ln22_4_fu_376_p2[32'd17];

assign tmp_28_fu_485_p3 = add_ln22_5_fu_480_p2[32'd17];

assign tmp_29_fu_746_p3 = {{add_ln32_fu_726_p2}, {lshr_ln_fu_736_p4}};

assign tmp_30_fu_849_p3 = {{add_ln33_reg_1133}, {or_ln25_fu_844_p2}};

assign tmp_31_fu_930_p3 = {{add_ln33_reg_1133}, {or_ln25_11_fu_925_p2}};

assign tmp_32_fu_947_p3 = {{add_ln33_reg_1133}, {or_ln25_12_fu_942_p2}};

assign tmp_44_i_i_fu_861_p4 = {{in_data_q0[31:16]}};

assign tmp_45_i_i_fu_883_p4 = {{in_data_q0[47:32]}};

assign tmp_46_i_i_fu_904_p4 = {{in_data_q0[63:48]}};

assign tmp_6_fu_692_p3 = {{select_ln20_18_fu_672_p3}, {3'd0}};

assign tmp_80_cast_fu_807_p3 = {{trunc_ln33_fu_803_p1}, {4'd0}};

assign tmp_fu_773_p3 = {{select_ln19_19_reg_1084}, {2'd0}};

assign tmp_s_fu_680_p3 = {{select_ln20_18_fu_672_p3}, {6'd0}};

assign trunc_ln250_fu_282_p1 = indices_01_dout[5:0];

assign trunc_ln32_fu_828_p1 = in_data_q0[15:0];

assign trunc_ln33_fu_803_p1 = add_ln33_fu_797_p2[3:0];

assign xor_ln19_fu_597_p2 = (icmp_ln20_reg_1031 ^ 1'd1);

assign zext_ln19_fu_295_p1 = indices_01_read_reg_959;

assign zext_ln20_4_fu_476_p1 = add_ln20_fu_470_p2;

assign zext_ln20_fu_372_p1 = ap_phi_mux_jj_phi_fu_263_p4;

assign zext_ln22_4_fu_633_p1 = add_ln20_reg_1061;

assign zext_ln22_fu_523_p1 = jj_reg_259;

assign zext_ln32_18_fu_700_p1 = tmp_6_fu_692_p3;

assign zext_ln32_19_fu_722_p1 = select_ln20_19_fu_714_p3;

assign zext_ln32_fu_688_p1 = tmp_s_fu_680_p3;

assign zext_ln33_14_fu_780_p1 = tmp_fu_773_p3;

assign zext_ln33_15_fu_794_p1 = select_ln20_16_reg_1097;

assign zext_ln33_16_fu_815_p1 = select_ln20_reg_1091;

assign zext_ln33_17_fu_824_p1 = add_ln33_4_reg_1140;

assign zext_ln33_fu_770_p1 = select_ln19_19_reg_1084;

endmodule //td_fused_top_tdf4_readInputs37